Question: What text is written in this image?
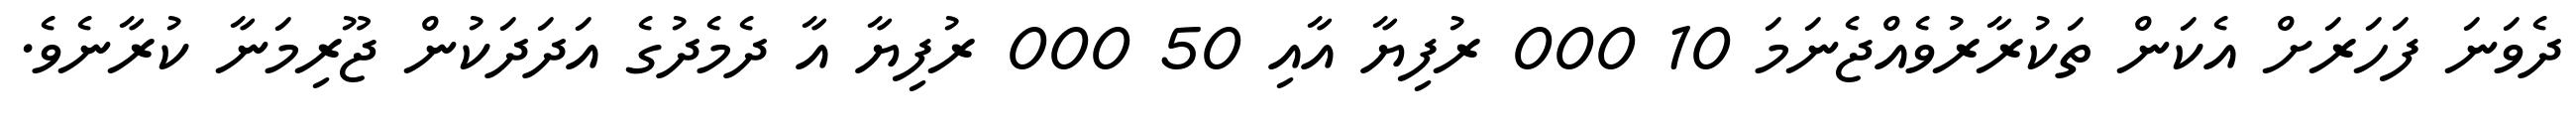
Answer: ދެވަނަ ފަހަރަށް އެކަން ތަކުރާރުވެއްޖެނަމަ 10 000 ރުފިޔާ އާއި 50 000 ރުފިޔާ އާ ދެމެދުގެ އަދަދަކުން ޖޫރިމަނާ ކުރާނެވެ.